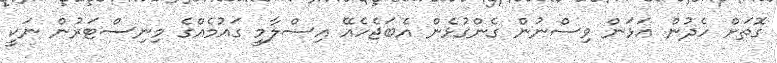
ގޮތަށް ހެދުން އަޅަން ވިސްނުން ގެންގުޅެން އެބަޖެހެއޭ އިސްލާމީ ގައުމެއްގެ މިނިސްޓަރުން ނަކީ